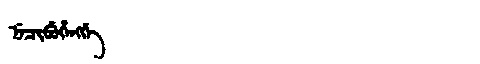
Manchu: ᠨᡝᠴᡳᠪᡠᡥᡝᠩᡤᡝ
Romanization: NECIBUHENGGE